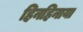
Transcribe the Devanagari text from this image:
हिनहिनाया